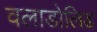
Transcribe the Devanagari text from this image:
वलाडोलिड